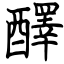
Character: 醳